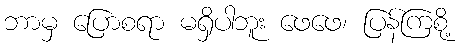
ဘာမှ ပြောစရာ မရှိပါဘူး ဖေဖေ၊ ပြန်ကြစို့